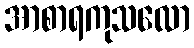
အာစာရကုသလော